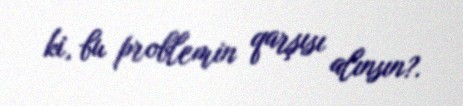
ki, bu problemin qarşısı alınsın?.